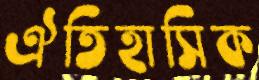
ঐতিহাসিক